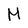
Character: M